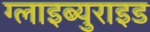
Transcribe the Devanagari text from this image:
ग्लाइब्युराइड